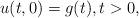
LaTeX: \begin{align*}u(t,0)=g(t), t>0,\end{align*}